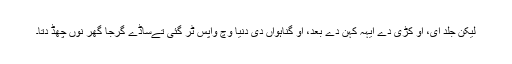
لیکن جلد ای، اُو کُڑی دے ایہہ کہن دے بعد، اُو گناہواں دی دُنیا وِچ واپس ٹُر گئی تےساڈے گرجا گھر نوں چھڈ دِتا۔